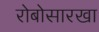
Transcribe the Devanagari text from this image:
रोबोसारखा